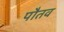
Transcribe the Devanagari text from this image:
पौतव